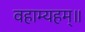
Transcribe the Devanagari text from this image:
वहाम्यहम्॥